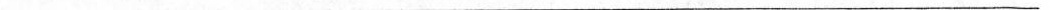
___________________________________